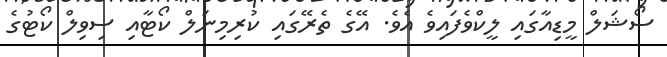
ސޯޝަލް މީޑިއާގައި ލީކްވެފައިވެ އެވެ. އޭގެ ތެރޭގައި ކުރިމިނަލް ކޯޓާއި ސިވިލް ކޯޓުގެ